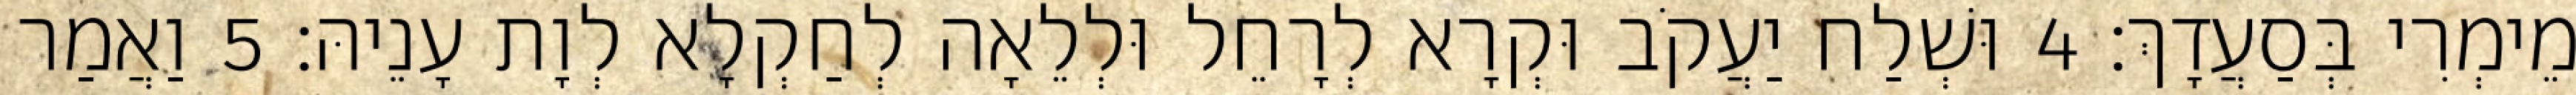
מֵימְרִי בְּסַעֲדָךְ׃ 4 וּשְׁלַח יַעֲקֹב וּקְרָא לְרָחֵל וּלְלֵאָה לְחַקְלָא לְוָת עָנֵיהּ׃ 5 וַאֲמַר